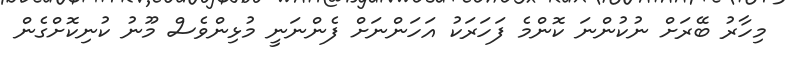
މިހާރު ބޭރަށް ނުކުންނަ ކޮންމެ ފަހަރަކު އަހަންނަށް ފެންނަނީ މުޅިންވެސް މޫނު ކުނިކޮށްގެން